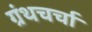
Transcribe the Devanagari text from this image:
ग्रंथचर्चा